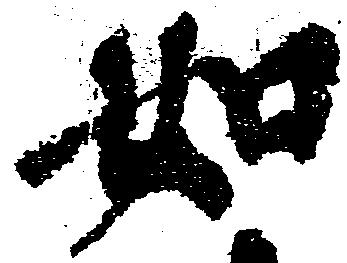
如